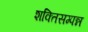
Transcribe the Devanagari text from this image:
शक्तिसम्पन्न